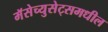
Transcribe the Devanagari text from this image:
मॅसेच्युसेट्समधील